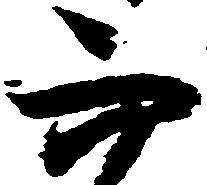
而